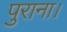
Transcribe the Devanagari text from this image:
पुराना।